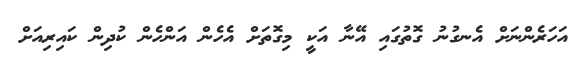
އަހަރެންނަށް އެނގުނު ގޮތުގައި އޭނާ އަކީ މިގޮތަށް އެހެން އަންހެން ކުދިން ކައިރިއަށް